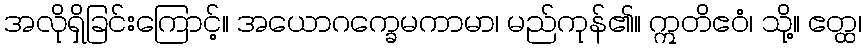
အလိုရှိခြင်းကြောင့်။ အယောဂက္ခေမကာမာ၊ မည်ကုန်၏။ ဣတိဧဝံ၊ သို့။ ဧတ္ထ၊